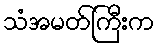
သံအမတ်ကြီးက